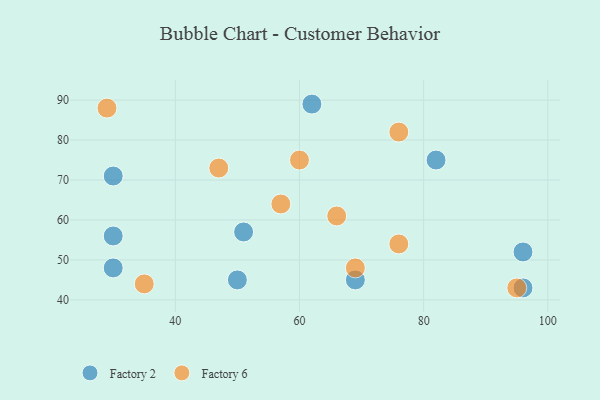
{"axis": {"x": "GDP", "y": "Life Expectancy"}, "legend": ["Factory 2", "Factory 6"], "data": [{"x": "82", "y": 75, "type": "Factory 2"}, {"x": "62", "y": 89, "type": "Factory 2"}, {"x": "50", "y": 45, "type": "Factory 2"}, {"x": "96", "y": 52, "type": "Factory 2"}, {"x": "69", "y": 45, "type": "Factory 2"}, {"x": "30", "y": 48, "type": "Factory 2"}, {"x": "30", "y": 56, "type": "Factory 2"}, {"x": "51", "y": 57, "type": "Factory 2"}, {"x": "96", "y": 43, "type": "Factory 2"}, {"x": "30", "y": 71, "type": "Factory 2"}, {"x": "76", "y": 82, "type": "Factory 6"}, {"x": "57", "y": 64, "type": "Factory 6"}, {"x": "35", "y": 44, "type": "Factory 6"}, {"x": "95", "y": 43, "type": "Factory 6"}, {"x": "69", "y": 48, "type": "Factory 6"}, {"x": "66", "y": 61, "type": "Factory 6"}, {"x": "47", "y": 73, "type": "Factory 6"}, {"x": "60", "y": 75, "type": "Factory 6"}, {"x": "29", "y": 88, "type": "Factory 6"}, {"x": "76", "y": 54, "type": "Factory 6"}]}